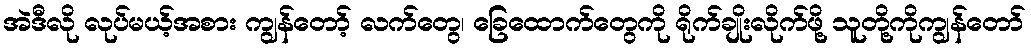
အဲဒီလို လုပ်မယ့်အစား ကျွန်တော့် လက်တွေ၊ ခြေထောက်တွေကို ရိုက်ချိုးလိုက်ဖို့ သူတို့ကိုကျွန်တော်